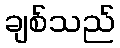
ချစ်သည်